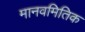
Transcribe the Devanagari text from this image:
मानवमितिक